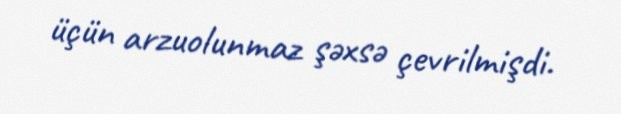
üçün arzuolunmaz şəxsə çevrilmişdi.